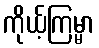
ကိုယ့်ကြမ္မာ